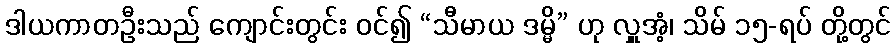
ဒါယကာတဦးသည် ကျောင်းတွင်း ဝင်၍ “သီမာယ ဒမ္မိ” ဟု လှူအံ့၊ သိမ် ၁၅-ရပ် တို့တွင်